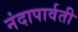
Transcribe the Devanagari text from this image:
नंदापार्वती